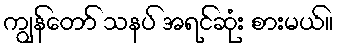
ကျွန်တော် သနပ် အရင်ဆုံး စားမယ်။